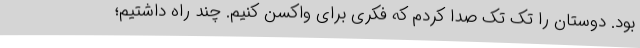
بود. دوستان را تک تک صدا کردم که فکری برای واکسن کنیم. چند راه داشتیم؛